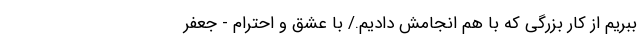
ببریم از کار بزرگی که با هم انجامش دادیم./ با عشق و احترام - جعفر